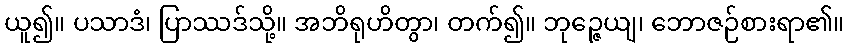
ယူ၍။ ပသာဒံ၊ ပြာဿဒ်သို့။ အဘိရုဟိတွာ၊ တက်၍။ ဘုဉ္ဇေယျ၊ ဘောဇဉ်စားရာ၏။